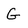
Character: G